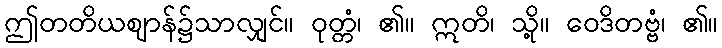
ဤတတိယဈာန်၌သာလျှင်။ ဝုတ္တံ၊ ၏။ ဣတိ၊ သို့။ ဝေဒိတဗ္ဗံ၊ ၏။